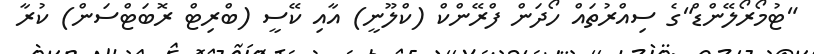
"ޓުމޯރޯލޭންޑް"ގެ ސިއްރުތައް ހޯދަން ފްރޭންކް (ކްލޫނީ) އާއި ކޭސީ (ބްރިޓް ރޮބަޓްސަން) ކުރާ